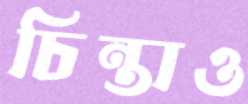
চিন্তাও